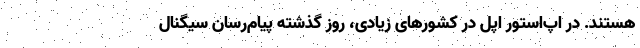
هستند. در اپ‌استور اپل در کشورهای زیادی، روز گذشته پیام‌رسان سیگنال